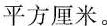
平方厘米。